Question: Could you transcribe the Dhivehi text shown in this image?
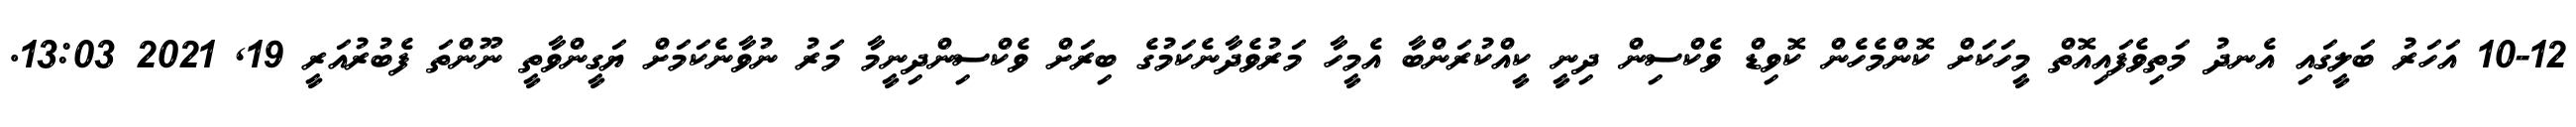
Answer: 10-12 އަހަރު ބަލީގައި އެނދު މަތިވެފައިއޮތް މީހަކަށް ކޮންމެހެން ކޮވިޑް ވެކްސިން ދިނީ ކީއްކުރަންބާ އެމީހާ މަރުވެދާނެކަމުގެ ބިރަށް ވެކްސިންދިނީމާ މަރު ނުވާނެކަމަށް ޔަގީންވާތީ ނޫންތަ ފެބުރުއަރީ 19, 2021 13:03.